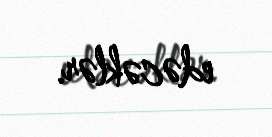
edəcəklər.